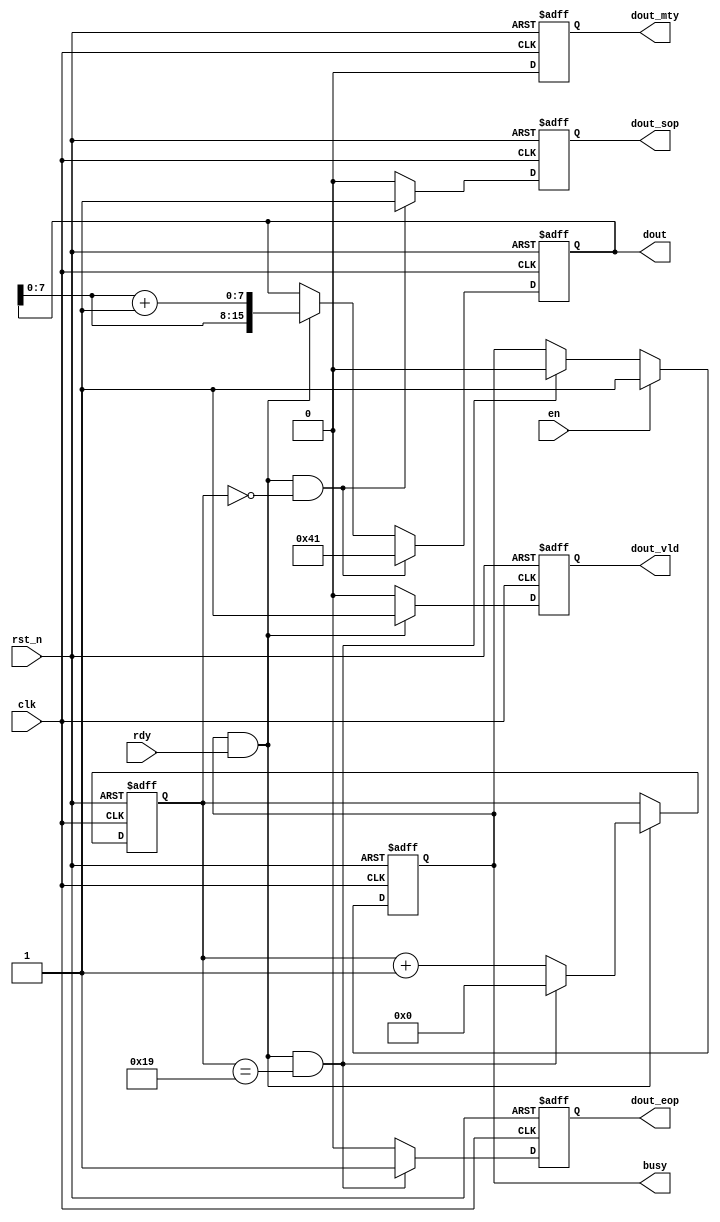
module data_gen (
    clk         ,
    rst_n       ,
    en          ,
    busy        ,
    dout        ,
    dout_vld    ,
    dout_sop    ,
    dout_eop    ,
    dout_mty    ,
    rdy
);

input                   clk; 
input                   rst_n; 
input                   en; 
output                  busy;
output  [15:0]          dout; 
output                  dout_vld; 
output                  dout_sop; 
output                  dout_eop; 
output                  dout_mty; 
input                   rdy;

reg     [15:0]          dout;
reg                     dout_vld;
reg                     dout_sop;
reg                     dout_eop;
reg                     dout_mty;
reg                     flag;

reg     [4:0]           cnt;
wire                    add_cnt;
wire                    end_cnt;

always  @(posedge clk or negedge rst_n)begin
    if(rst_n==1'b0)begin
        flag <= 1'b0;
    end
    else if(en)begin
        flag <= 1'b1;
    end
    else if(end_cnt)begin
        flag <= 1'b0;
    end
end

always @(posedge clk or negedge rst_n)begin
    if(!rst_n)begin
        cnt <= 0;
    end
    else if(add_cnt)begin
        if(end_cnt)
            cnt <= 0;
        else
            cnt <= cnt + 1'b1;
    end
end

assign add_cnt = (flag == 1'b1 && rdy == 1'b1);       
assign end_cnt = add_cnt && cnt== (26 - 1);   


always  @(posedge clk or negedge rst_n)begin
    if(rst_n==1'b0)begin
        dout <= 16'd0;;
    end
    else if(add_cnt && (cnt == (1 - 1)))begin
        dout <= 16'h0041;
    end
    else if(add_cnt) begin
        dout <= {dout[7:0],dout[7:0] + 1'b1};
    end
end

always  @(posedge clk or negedge rst_n)begin
    if(rst_n==1'b0)begin
        dout_vld <= 1'b0;
    end
    else if(add_cnt)begin
        dout_vld <= 1'b1;
    end
    else begin
        dout_vld <= 1'b0;
    end
end

always  @(posedge clk or negedge rst_n)begin
    if(rst_n==1'b0)begin
        dout_sop <= 1'b0;
    end
    else if(add_cnt && (cnt == (1 - 1)))begin
        dout_sop <= 1'b1;
    end
    else begin
        dout_sop <= 1'b0;
    end
end

always  @(posedge clk or negedge rst_n)begin
    if(rst_n==1'b0)begin
        dout_eop <= 1'b0;
    end
    else if(end_cnt)begin
        dout_eop <= 1'b1;
    end
    else begin
        dout_eop <= 1'b0;
    end
end

always  @(posedge clk or negedge rst_n)begin
    if(rst_n==1'b0)begin
        dout_mty <= 1'b0;
    end
    else begin
        dout_mty <= 1'b0;
    end
end

assign busy = flag;


endmodule